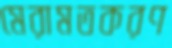
মেরামতকরণ